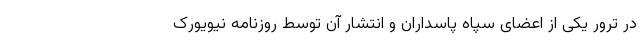
در ترور یکی از اعضای سپاه پاسداران و انتشار آن توسط روزنامه نیویورک